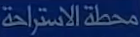
محلة الاستراحة